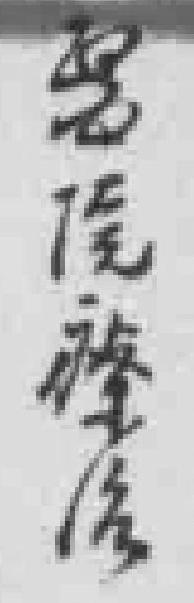
醫院養傷